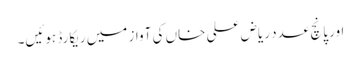
اور پانچ عدد ریاض علی خاں کی آواز میں ریکارڈ ہوئیں۔